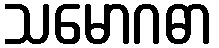
သမောဂဓာ